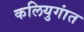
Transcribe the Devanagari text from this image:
कलियुगांत